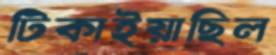
টিকাইয়াছিল